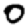
Digit: 0